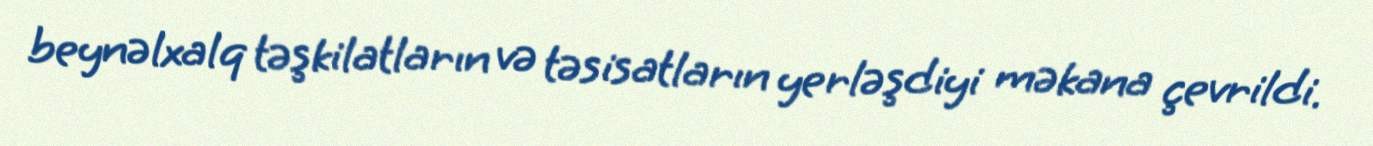
beynəlxalq təşkilatların və təsisatların yerləşdiyi məkana çevrildi.